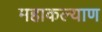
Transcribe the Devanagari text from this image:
महाकल्याण